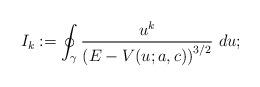
LaTeX: \begin{align*}I_k:=\oint_\gamma\frac{u^k}{\left(E-V(u;a,c)\right)^{3/2}}~du;\end{align*}